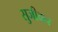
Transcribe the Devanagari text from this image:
सुजीवन